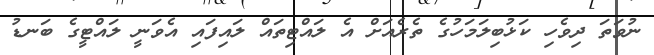
ނުވަތަ ދިވެހި ކަޅުބިލަމަހުގެ ތެރެއަށް އެ ލައްޓިތައް ލައިފައި އެވަނީ ލައްޓީގެ ބަނޑު